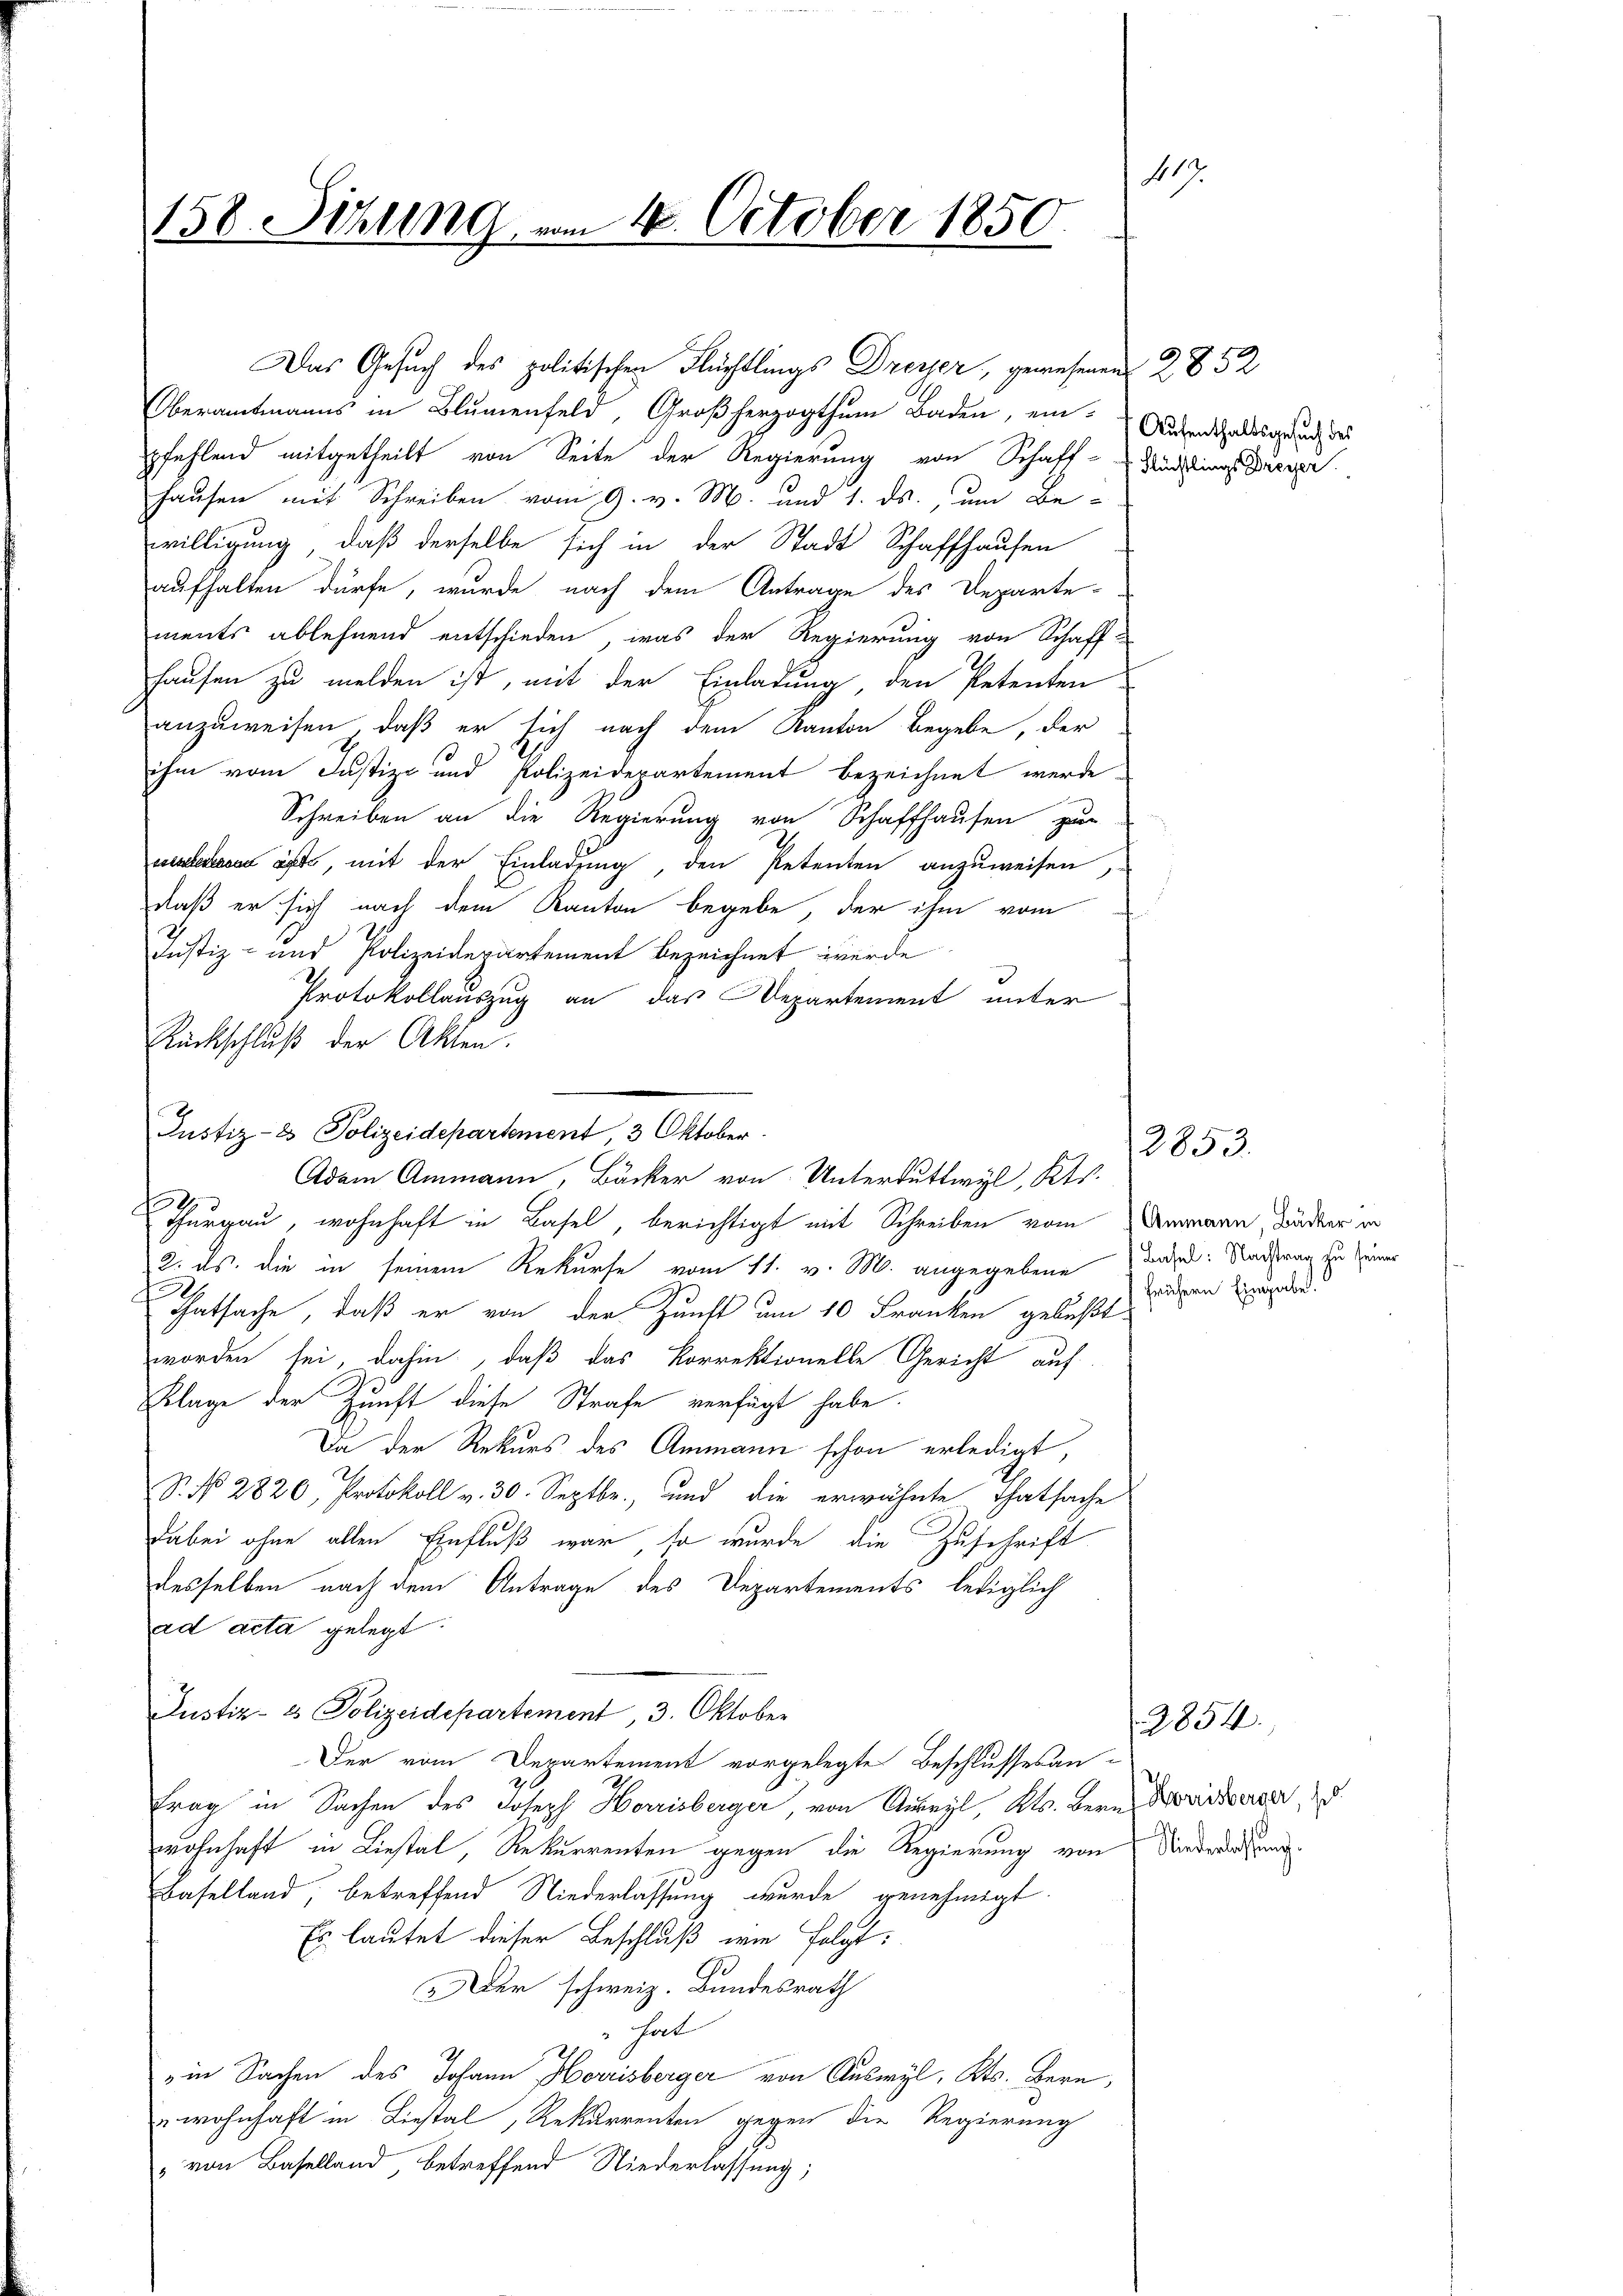
417.
158. Sitzung vom 1. October 1850.

Das Gesuch des politischen Flüchtlings Dreyer, gewesenen
Oberamtmanns in Blumenfeld, Großherzogthum Baden, ein-Andenthaltsgesund des
pfehlend mitgetheilt von Seite der Regierung von Schaff-Suddings Dieser
Hausen mit Schreiben vom 9. v. M. und 1. ds., um Bewilligung, daß derselbe sich in der Stadt Schaffhausen
aufhalten dürfe, wurde nach dem Antrage des Departe-
ments ablehnend entschieden, was der Regierung von Schaff-
hausen zu melden ist, mit der Einladung, den Petenten
anzuweisen, daß er sich nach dem Kanton begebe, der
ihm vom Justiz- und Polizeidepartement bezeichnet werde.
Schreiben an die Regierung von Schaffhausen zur
elesen ist, mit der Einladung, den Petenten anzuweisen,
daß er sich nach dem Kanton begebe, der ihm vom
Justiz- und Polizeidepartement bezeichnet werde
Protokollauszug an das Departement unter
Rückschluß der Akten.
Thurgau, wohnhaft in Basel, berichtigt mit Schreiben vom Ammann, Dändler in
22. ds. die in seinem Rekurse vom 11. v. M. angegebene Basel. Nachtrag zu seiner
Tatsache, daß er von der Zunft um 10 Franken gebüßt.
worden sei, dahin, daß das korrektionelle Gericht auf
Klage der Zunft diese Strafe verfügt habe.
Da der Rekurs des Ammann schon erledigt,
N. N. 2820, Protokoll v. 30. Septbr., und die erwähnte Thatsache
dabei ohne allen Einfluß war so wurde die Zuschrift
desselben nach dem Antrage des Departements, lediglich
ad acta gelegt:
Justiz- es Polizeidepartement, 3. Oktober
Der vom Departement vorgelegte Beschlussesan-
trag in Sachen des Joseph Harrisberger, von Auswyl, Kts. bern Doriedberger, d
wohnhaft in Liestal, Rekurrenten gegen die Regierung von Nieder Hand
Baselland, betreffend Niederlassung wurde genehmigt.
Es lautet dieser Beschluß wie folgt:
Aer schweiz. Bundesrath
hal
in Sachen des Johann Herrisberger von Auswyl, Kts. Bern,
wohnhaft in Liestal, Rekurrenten gegen die Regierung
" von Baselland, betreffend Niederlassung;

Justiz- & Polizeidepartement, 3 Oktober.

Adam Ammann, Bäcker von Unterduttwyl, Kts.

3852

frühern Eingabe.

2854.

2853.